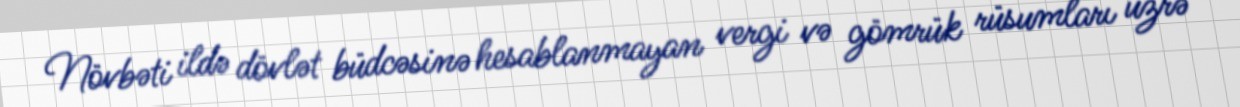
Növbəti ildə dövlət büdcəsinə hesablanmayan vergi və gömrük rüsumları üzrə